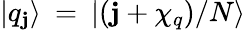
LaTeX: {|q_{\mathbf{j}}\rangle}\: =\: {|(\mathbf{j}+\chi_{q})/N\rangle}